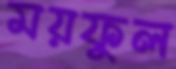
ময়ফুল